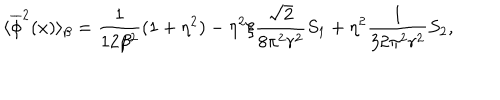
\langle \overline { { { \phi } } } ^ { 2 } ( x ) \rangle _ { \beta } = \frac { 1 } { 1 2 \beta ^ { 2 } } ( 1 + \eta ^ { 2 } ) - \eta ^ { 2 } \xi \frac { \sqrt { 2 } } { 8 \pi ^ { 2 } r ^ { 2 } } S _ { 1 } + \eta ^ { 2 } \frac { 1 } { 3 2 \pi ^ { 2 } r ^ { 2 } } S _ { 2 } ,